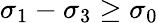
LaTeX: \sigma_{1}-\sigma_{3}\geq\sigma_{0}